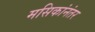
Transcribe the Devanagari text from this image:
मसिकांनंतर